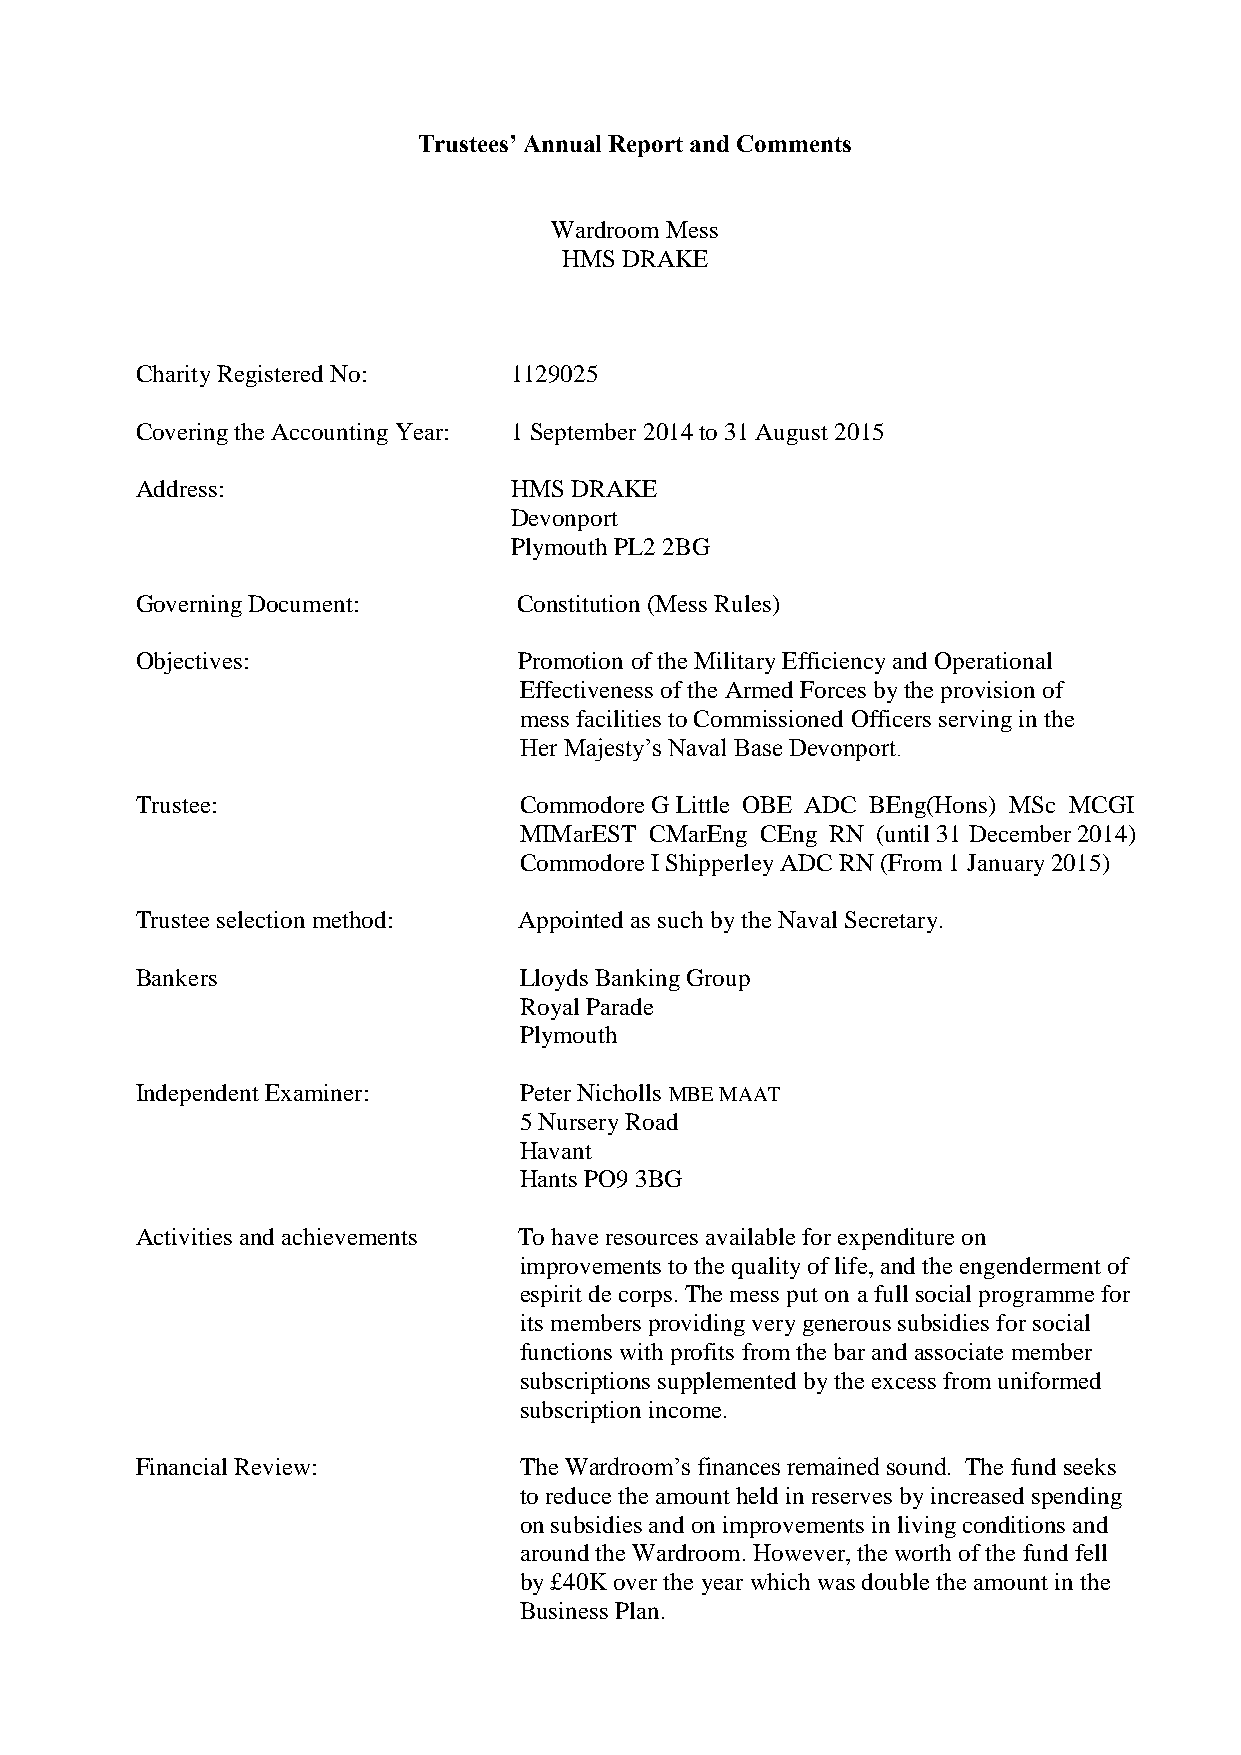
Trustees’ Annual Report and Comments
 Wardroom Mess
 HMS DRAKE
 Charity Registered No:   1129025
 Covering the Accounting Year: 1 September 2014 to 31 August 2015
 Address:                 HMS DRAKE
 Devonport
 Plymouth PL2 2BG
 Governing Document:      Constitution (Mess Rules)
 Objectives:              Promotion of the Military Efficiency and Operational
 Effectiveness of the Armed Forces by the provision of
 mess facilities to Commissioned Officers serving in the
 Her Majesty’s Naval Base Devonport.
 Trustee:                 Commodore G Little OBE ADC BEng(Hons) MSc MCGI
 MIMarEST CMarEng CEng RN (until 31 December 2014)
 Commodore I Shipperley ADC RN (From 1 January 2015)
 Trustee selection method: Appointed as such by the Naval Secretary.
 Bankers                  Lloyds Banking Group
 Royal Parade
 Plymouth
 Independent Examiner:    Peter Nicholls MBE MAAT
 5 Nursery Road
 Havant
 Hants PO9 3BG
 Activities and achievements To have resources available for expenditure on
 improvements to the quality of life, and the engenderment of
 espirit de corps. The mess put on a full social programme for
 its members providing very generous subsidies for social
 functions with profits from the bar and associate member
 subscriptions supplemented by the excess from uniformed
 subscription income.
 Financial Review:        The Wardroom’s finances remained sound. The fund seeks
 to reduce the amount held in reserves by increased spending
 on subsidies and on improvements in living conditions and
 around the Wardroom. However, the worth of the fund fell
 by £40K over the year which was double the amount in the
 Business Plan.